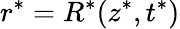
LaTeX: r^{*}=R^{*}(z^{*},t^{*})